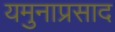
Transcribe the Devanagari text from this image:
यमुनाप्रसाद